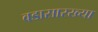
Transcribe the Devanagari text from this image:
वडासारख्या